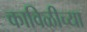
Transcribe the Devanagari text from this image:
काविळीच्या